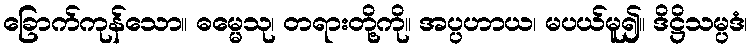
ခြောက်ကုန်သော။ ဓမ္မေသု၊ တရားတို့ကို။ အပ္ပဟာယ၊ မပယ်မူ၍။ ဒိဋ္ဌိသမ္ပဒံ၊